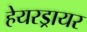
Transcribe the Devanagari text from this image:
हेयरड्रायर